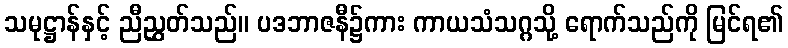
သမုဋ္ဌာန်နှင့် ညီညွှတ်သည်။ ပဒဘာဇနီ၌ကား ကာယသံသဂ္ဂသို့ ရောက်သည်ကို မြင်ရ၏